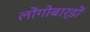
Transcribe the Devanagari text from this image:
लोंगोबार्डों